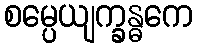
စမ္ပေယျက္ခန္ဓကေ